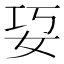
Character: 㚽